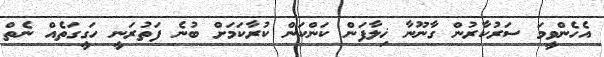
އެހެންވީމަ ސަރުކާރުން ގާނޫނާ ޚިލާފަން ކަންކަން ކުރާކަމަށް ބުނެ ފަތުރަނީ ހަގީގަތެއް ނެތް